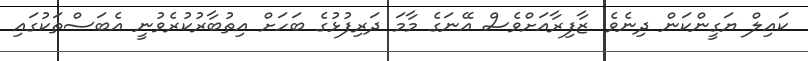
ކައިލް ޔަގީންކަން ދިނެވެ. ޒާފިރާއަށްވެސް އޭނަގެ މާމަ ދަރިފުޅުގެ ބަހަށް އިތުބާރުކުރެވުނީ އެބަސްތަކުގައި